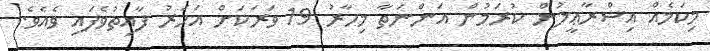
މިކަމެއް އިސްރާޢީލުން ކުރަމުން އަންނަތާ މިހާރު 19 ވަރަކަށް އަހަރު ފާއިތުވެފައި ވެއެވެ.